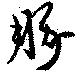
豚